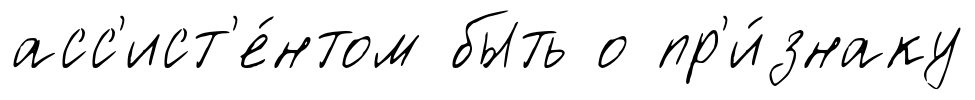
асс'ист'е́нтом быть о пр'и́знаку